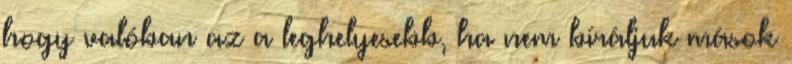
hogy valóban az a leghelyesebb, ha nem bíráljuk mások